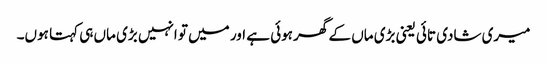
میری شادی تائی یعنی بڑی ماں کے گھر ہوئی ہے اور میں تو انہیں بڑی ماں ہی کہتا ہوں۔